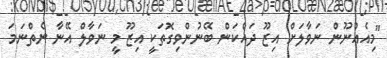
"މިއެއްނޫން ނަވާލަށް އިޒޫ ދައްކަން ބޭނުންވިގޮތަކީ އިޒޫ މީ ނަވާލް އޭނާ ނެތްނަމަ